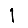
Digit: 1